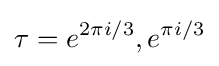
\tau =e^{2\pi i/3},e^{\pi i/3}